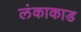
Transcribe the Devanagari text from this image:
लंकाकाड